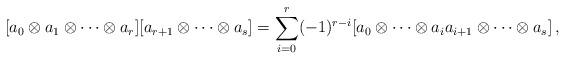
LaTeX: \begin{align*} [a_0\otimes a_1\otimes \cdots \otimes a_r] [a_{r+1}\otimes \cdots \otimes a_{s}] = \sum_{i=0}^{r} (-1)^{r-i} [a_0\otimes \cdots \otimes a_i a_{i+1}\otimes \cdots \otimes a_s]\,,\end{align*}